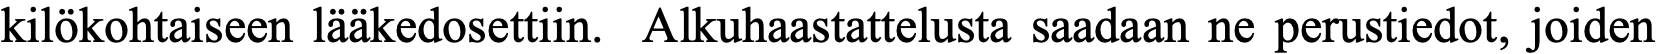
kilökohtaiseen lääkedosettiin. Alkuhaastattelusta saadaan ne perustiedot, joiden